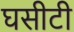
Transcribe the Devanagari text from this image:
घसीटी